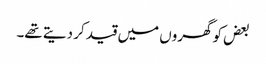
بعض کو گھروں میں قید کر دیتے تھے۔